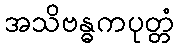
အသိဗန္ဓကပုတ္တံ